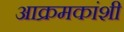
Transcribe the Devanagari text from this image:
आक्रमकांशी